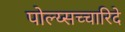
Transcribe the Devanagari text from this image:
पोल्य्सच्चारिदे